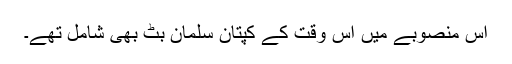
اس منصوبے میں اس وقت کے کپتان سلمان بٹ بھی شامل تھے۔